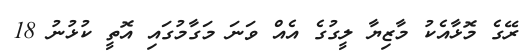
ރޭގެ މޮޅާއެކު މާޒިޔާ ލީގުގެ އެއް ވަނަ މަގާމުގައި އޮތީ ކުޅުނު 18